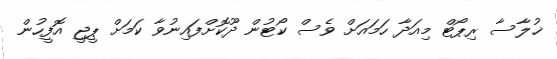
ޚުލާސާ ރިޕޯޓް މިއަދާ ހަމައަށް ވެސް ކޯޓުން ދޫކޮށްފައިނުވާ ކަމަށް ޕީޖީ އޮފީހުން